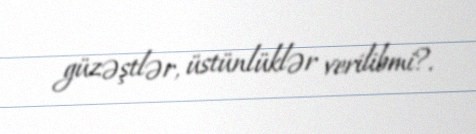
güzəştlər, üstünlüklər verilibmi?.